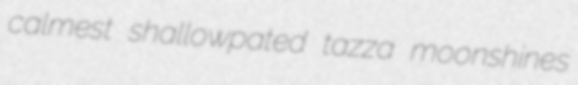
calmest shallowpated tazza moonshines